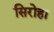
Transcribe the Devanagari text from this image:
सिरोहा